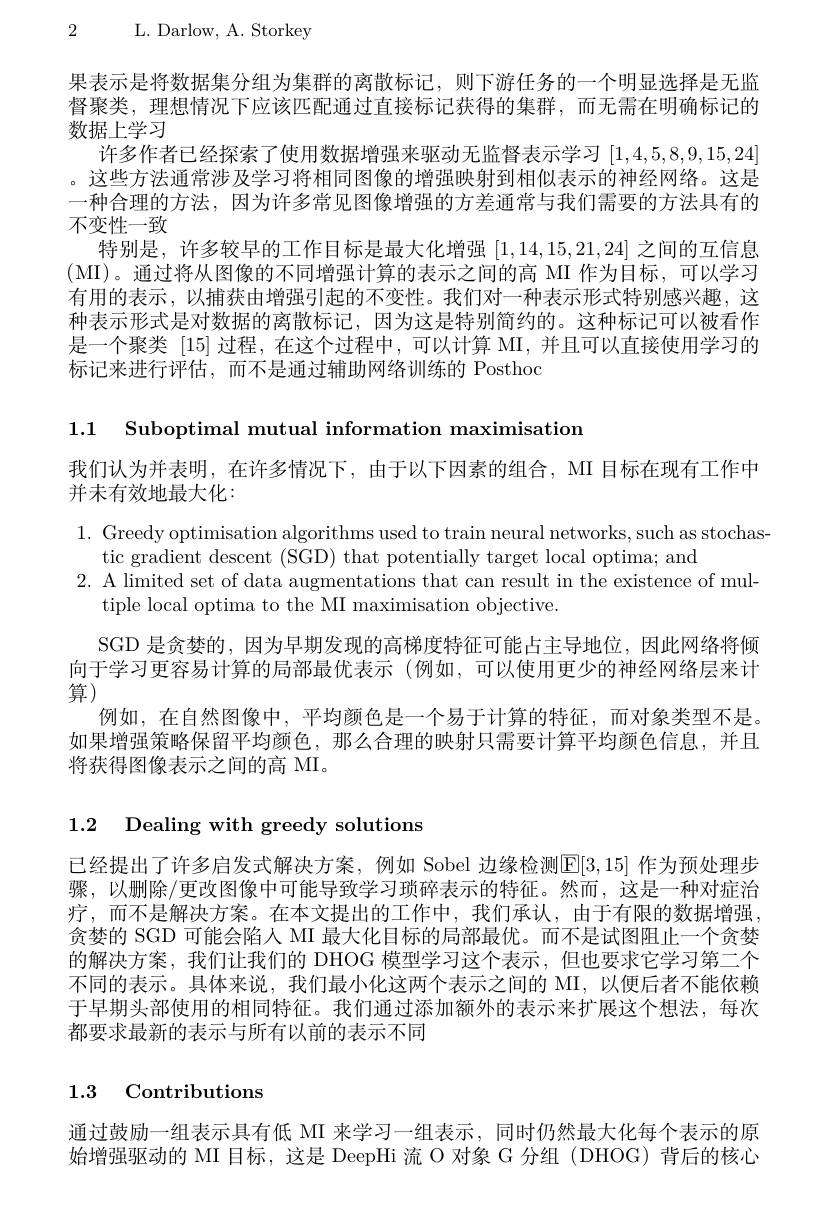
2 L. Darlow, A. Storkey

果表示是将数据集分组为集群的离散标记，则下游任务的一个明显选择是无监督聚类，理想情况下应该匹配通过直接标记获得的集群，而无需在明确标记的数据上学习
许多作者已经探索了使用数据增强来驱动无监督表示学习[1,4,5,8,9,15,24] 。这些方法通常涉及学习将相同图像的增强映射到相似表示的神经网络。这是一种合理的方法，因为许多常见图像增强的方差通常与我们需要的方法具有的不变性一致
特别是，许多较早的工作目标是最大化增强[1,14,15,21,24]之间的互信息(MI)。通过将从图像的不同增强计算的表示之间的高 MI 作为目标，可以学习有用的表示，以捕获由增强引起的不变性。我们对一种表示形式特别感兴趣，这种表示形式是对数据的离散标记，因为这是特别简约的。这种标记可以被看作是一个聚类[15]过程，在这个过程中，可以计算 MI,并且可以直接使用学习的标记来进行评估，而不是通过辅助网络训练的 Posthoc

1.1 $\textbf{Suboptimal mutual information maximisation}$

我们认为并表明，在许多情况下，由于以下因素的组合，MI 目标在现有工作中

并未有效地最大化：

1. Greedy optimisation algorithms used to train neural networks, such as stochas-
tic gradient descent (SGD) that potentially target local optima; and
$2.{\mathrm{~A~limited~set~of~data~augmentations~that~can~result~in~the~existence~of~mul-}}$
tiple local optima to the MI maximisation objective.
SGD 是贪婪的，因为早期发现的高梯度特征可能占主导地位，因此网络将倾向于学习更容易计算的局部最优表示 (例如，可以使用更少的神经网络层来计算)
例如，在自然图像中，平均颜色是一个易于计算的特征，而对象类型不是。如果增强策略保留平均颜色，那么合理的映射只需要计算平均颜色信息，并且将获得图像表示之间的高 MI。

1.2 Dealing with greedy solutions

已经提出了许多启发式解决方案，例如 Sobel 边缘检测$\mathbb{E}[3,15]$ 作为预处理步骤，以删除/更改图像中可能导致学习琐碎表示的特征。然而，这是一种对症治疗，而不是解决方案。在本文提出的工作中，我们承认，由于有限的数据增强贪婪的 SGD 可能会陷人 MI 最大化目标的局部最优。而不是试图阻止一个贪婪的解决方案，我们让我们的 DHOG 模型学习这个表示，但也要求它学习第二个不同的表示。具体来说，我们最小化这两个表示之间的 MI,以便后者不能依赖于早期头部使用的相同特征。我们通过添加额外的表示来扩展这个想法，每次都要求最新的表示与所有以前的表示不同

# 1.3 Contributions

通过鼓励一组表示具有低 MI 来学习一组表示，同时仍然最大化每个表示的原始增强驱动的 MI 目标，这是 DeepHi 流 O 对象 G 分组 (DHOG) 背后的核心